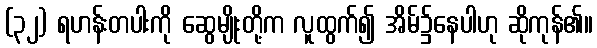
(၃၂) ရဟန်းတပါးကို ဆွေမျိုးတို့က လူထွက်၍ အိမ်၌နေပါဟု ဆိုကုန်၏။